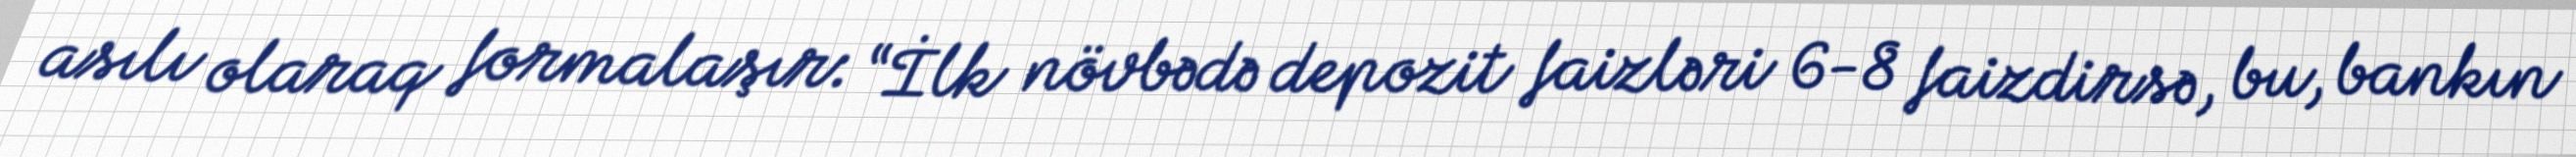
asılı olaraq formalaşır: “İlk növbədə depozit faizləri 6-8 faizdirsə, bu, bankın